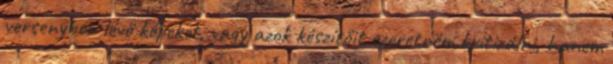
versenyben lévő képeket, vagy azok készítőit szeretném kritizálni, hanem